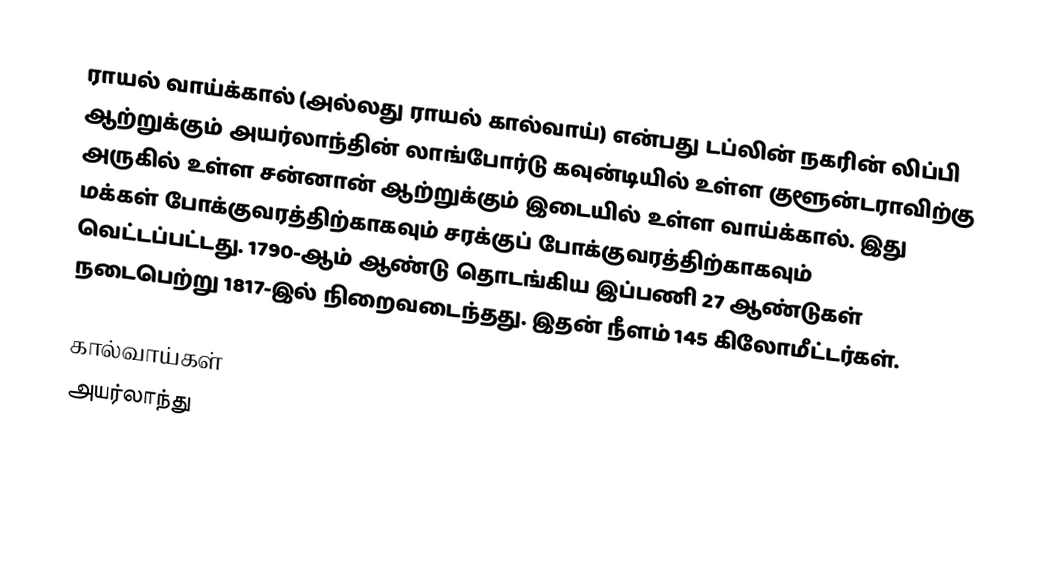
ராயல் வாய்க்கால் (அல்லது ராயல் கால்வாய்) என்பது டப்லின் நகரின் லிப்பி ஆற்றுக்கும் அயர்லாந்தின் லாங்போர்டு கவுன்டியில் உள்ள குளூன்டராவிற்கு அருகில் உள்ள சன்னான் ஆற்றுக்கும் இடையில் உள்ள வாய்க்கால். இது மக்கள் போக்குவரத்திற்காகவும் சரக்குப் போக்குவரத்திற்காகவும் வெட்டப்பட்டது. 1790-ஆம் ஆண்டு தொடங்கிய இப்பணி 27 ஆண்டுகள் நடைபெற்று 1817-இல் நிறைவடைந்தது. இதன் நீளம் 145 கிலோமீட்டர்கள்.

கால்வாய்கள்
அயர்லாந்து